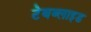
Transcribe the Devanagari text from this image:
टेबब्लाइड